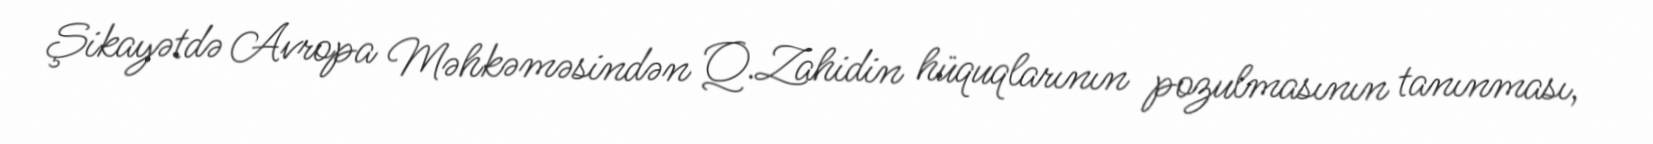
Şikayətdə Avropa Məhkəməsindən Q.Zahidin hüquqlarının pozulmasının tanınması,